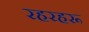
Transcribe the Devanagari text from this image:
रहरहरू